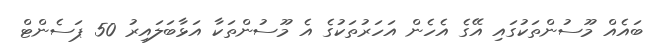
ބައެއް މޫސުންތަކުގައި އޭގެ އެހެން އަހަރުތަކުގެ އެ މޫސުންތަކާ އަޅާބަލައިރު 50 ޕަސެންޓް